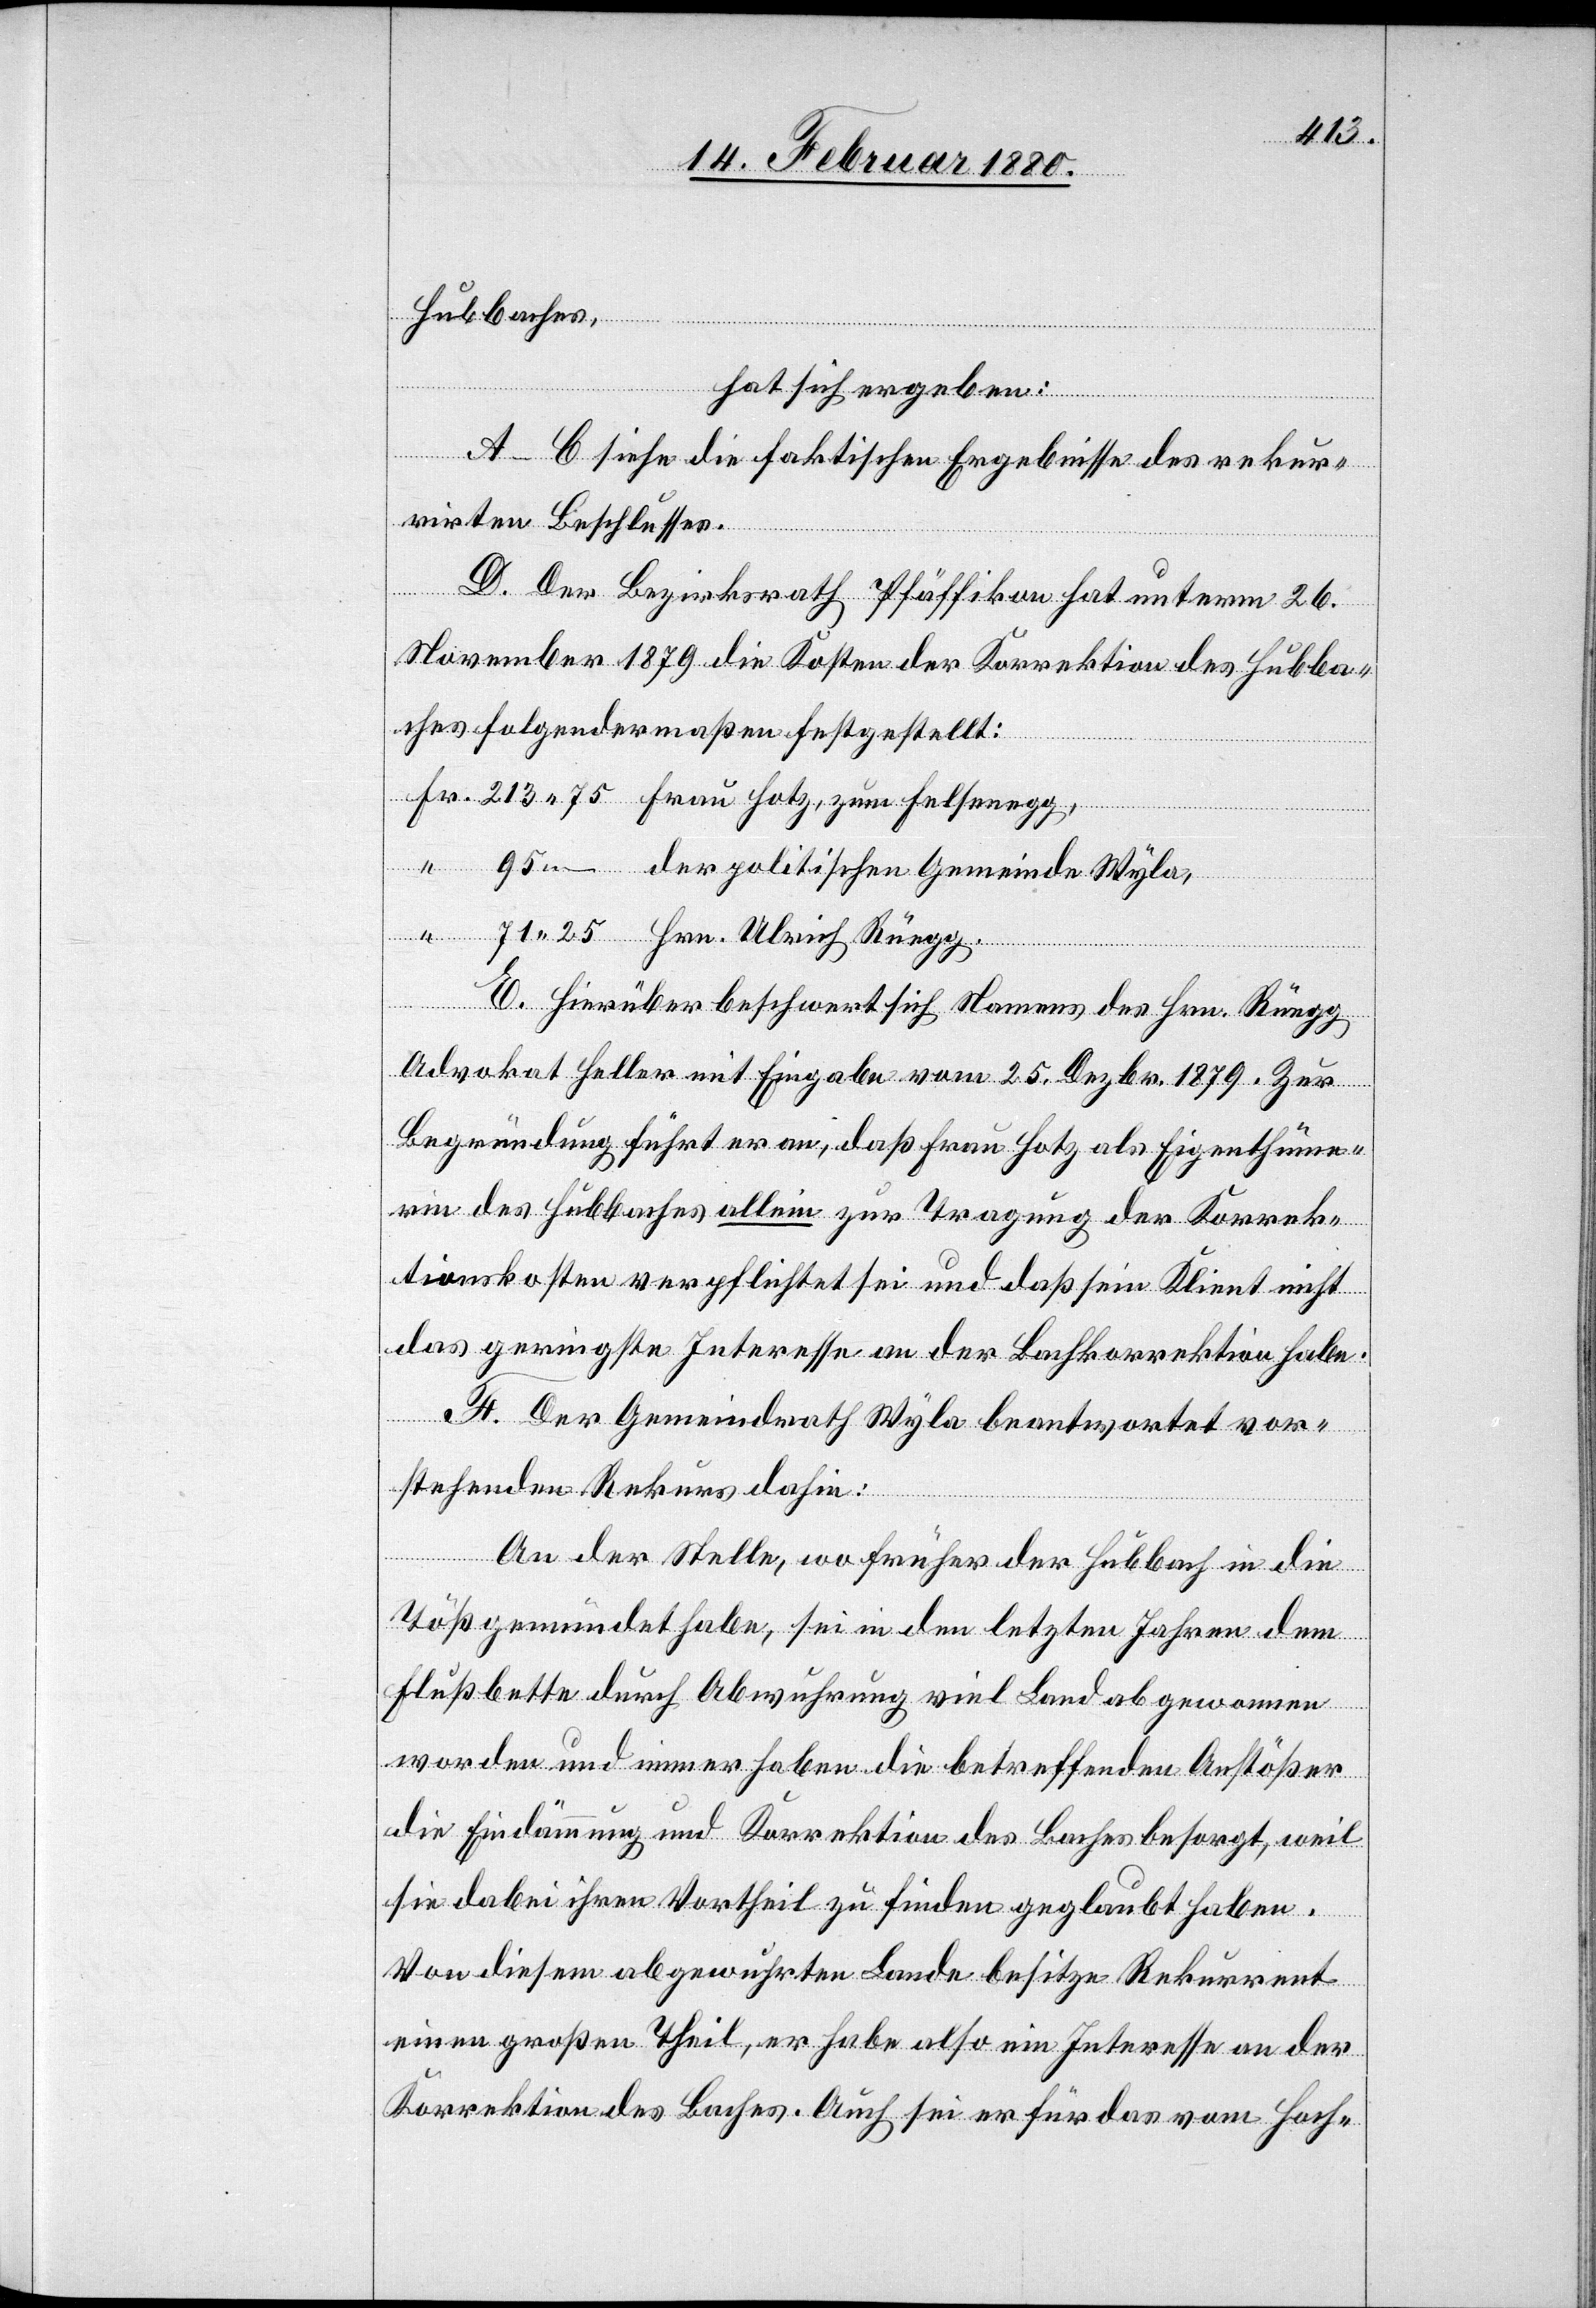
Hubbaches,
hat sich ergeben:
A–C siehe die faktischen Ergebnisse des rekur¬
rirten Beschlusses.
D. Der Bezirksrath Pfäffikon hat unterm 26.
November 1879 die Kosten der Korrektion des Hubba¬
ches folgendermaßen festgestellt:
75 Frau Hotz, zum Felsenegg,
– der politischen Gemeinde Wyla,
25 Hrn. Ulrich Rüegg.
E. Hierüber beschwert sich Namens des Hrn. Rüegg
Advokat Heller mit Eingabe vom 25. Dezbr. 1879. Zur
Begründung führt er an, daß Frau Hotz als Eigenthüme¬
rin des Hubbaches allein zur Tragung der Korrek¬
tionskosten verpflichtet sei und daß sein Klient nicht
das geringste Interesse an der Bachkorrektion habe.
F. Der Gemeindrath Wyla beantwortet vor¬
stehenden Rekurs dahin:
An der Stelle, wo früher der Hubbach in die
Töß gemündet habe, sei in den letzten Jahren dem
Flußbette durch Abwuhrung viel Land abgenommen
worden und immer haben die betreffenden Anstößer
die Eindämmung und Korrektion des Baches besorgt, weil
sie dabei ihren Vortheil zu finden geglaubt haben.
Von diesem abgewuhrten Landes besitze Rekurrent
einen großen Theil, er habe also ein Interessen an der
Korrektion des Baches. Auch sei er für das vom Hoch-